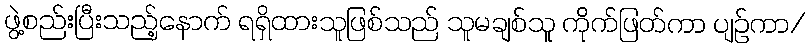
ဖွဲ့စည်းပြီးသည့်နောက် ရရှိထားသူဖြစ်သည် သူမချစ်သူ ကိုက်ဖြတ်ကာ ပျဉ်ကာ/